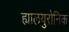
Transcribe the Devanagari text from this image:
ह्यालयुरोनिक